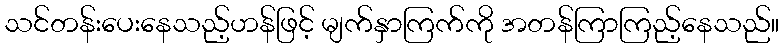
သင်တန်းပေးနေသည့်ဟန်ဖြင့် မျက်နှာကြက်ကို အတန်ကြာကြည့်နေသည်။